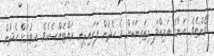
ގޯންޏެވެ. އަނާގެ އަމިއްލަ ޑިޒައިނަކަށް އެ ހެދުން ފަހައިދިނީ ރައްޓެއްސެކެވެ. އިތުރަށް ހެދުން